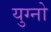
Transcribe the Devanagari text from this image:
युग्नो